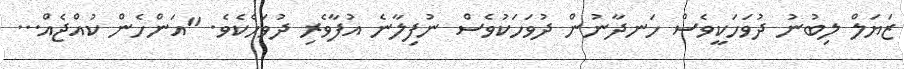
ޒަޔަލް ލިބުނު ދުވަހަކީވެސް ހަނދާނުން ދުވަހަކުވެސް ނުފިލާނެ އުފާވެރި ދުވަހެކެވެ. "އަންހެން ކުއްޖެއް...